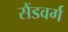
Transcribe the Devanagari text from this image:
सैंडवर्ग